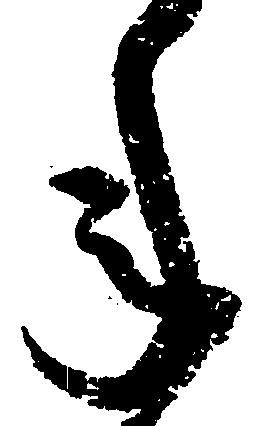
年